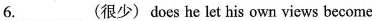
6. ___ (很少)does he let own views become